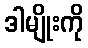
ဒါမျိုးကို